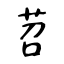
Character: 苕